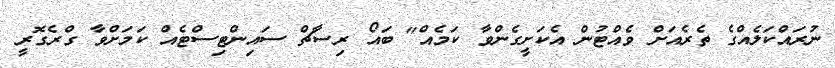
ނުރައްކަލެއްގެ ތެރެއަށް ވެއްޓުން އެކަށީގެންވާ ކަމެއް" ބައޯ ރިސާޗް ސައިންޓިސްޓެއް ކަމަށްވާ ގްރެގޮރީ